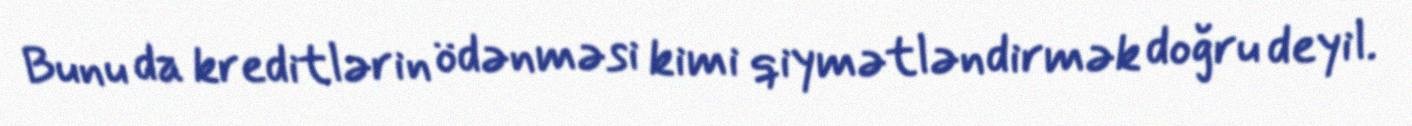
Bunu da kreditlərin ödənməsi kimi qiymətləndirmək doğru deyil.